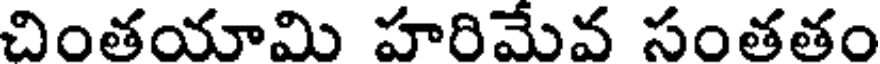
చింతయామి హరిమేవ సంతతం